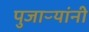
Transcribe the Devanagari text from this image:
पुजाऱ्यांनी